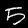
Digit: 5